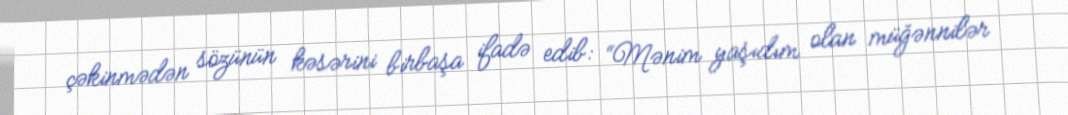
çəkinmədən sözünün kəsərini birbaşa ifadə edib: “Mənim yaşıdım olan müğənnilər